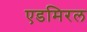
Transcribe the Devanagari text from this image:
एडमिरल